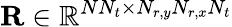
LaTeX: \mathbf{R}\in\mathbb{R}^{NN_{t}\times N_{r,y}N_{r,x}N_{t}}